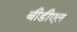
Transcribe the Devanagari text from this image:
बीडीएल